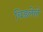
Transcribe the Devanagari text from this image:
चिडलेले